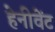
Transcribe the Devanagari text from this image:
हेनीवेंट